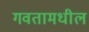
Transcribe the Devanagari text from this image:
गवतामधील